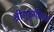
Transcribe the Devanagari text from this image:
श्रीगुरुगीतायां